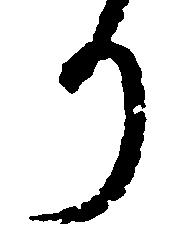
り